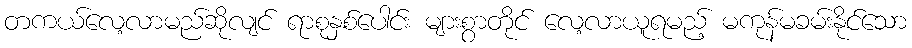
တကယ်လေ့လာမည်ဆိုလျင် ရာစုနှစ်ပေါင်း များစွာတိုင် လေ့လာယူရမည့် မကုန်မခမ်းနိုင်သော